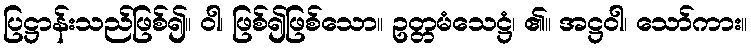
ပြဋ္ဌာန်းသည်ဖြစ်၍။ ဝါ၊ ဖြစ်၍ဖြစ်သော။ ဥတ္တမံသေဋ္ဌံ၊ ၏။ အဋ္ဌဝါ၊ သော်ကား။